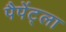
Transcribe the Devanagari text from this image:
पैपेंट्ला